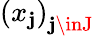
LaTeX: {(x_{\mathbf{j}})}_{\mathbf{j}\inJ}